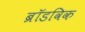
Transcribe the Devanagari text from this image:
ब्रॉडविक